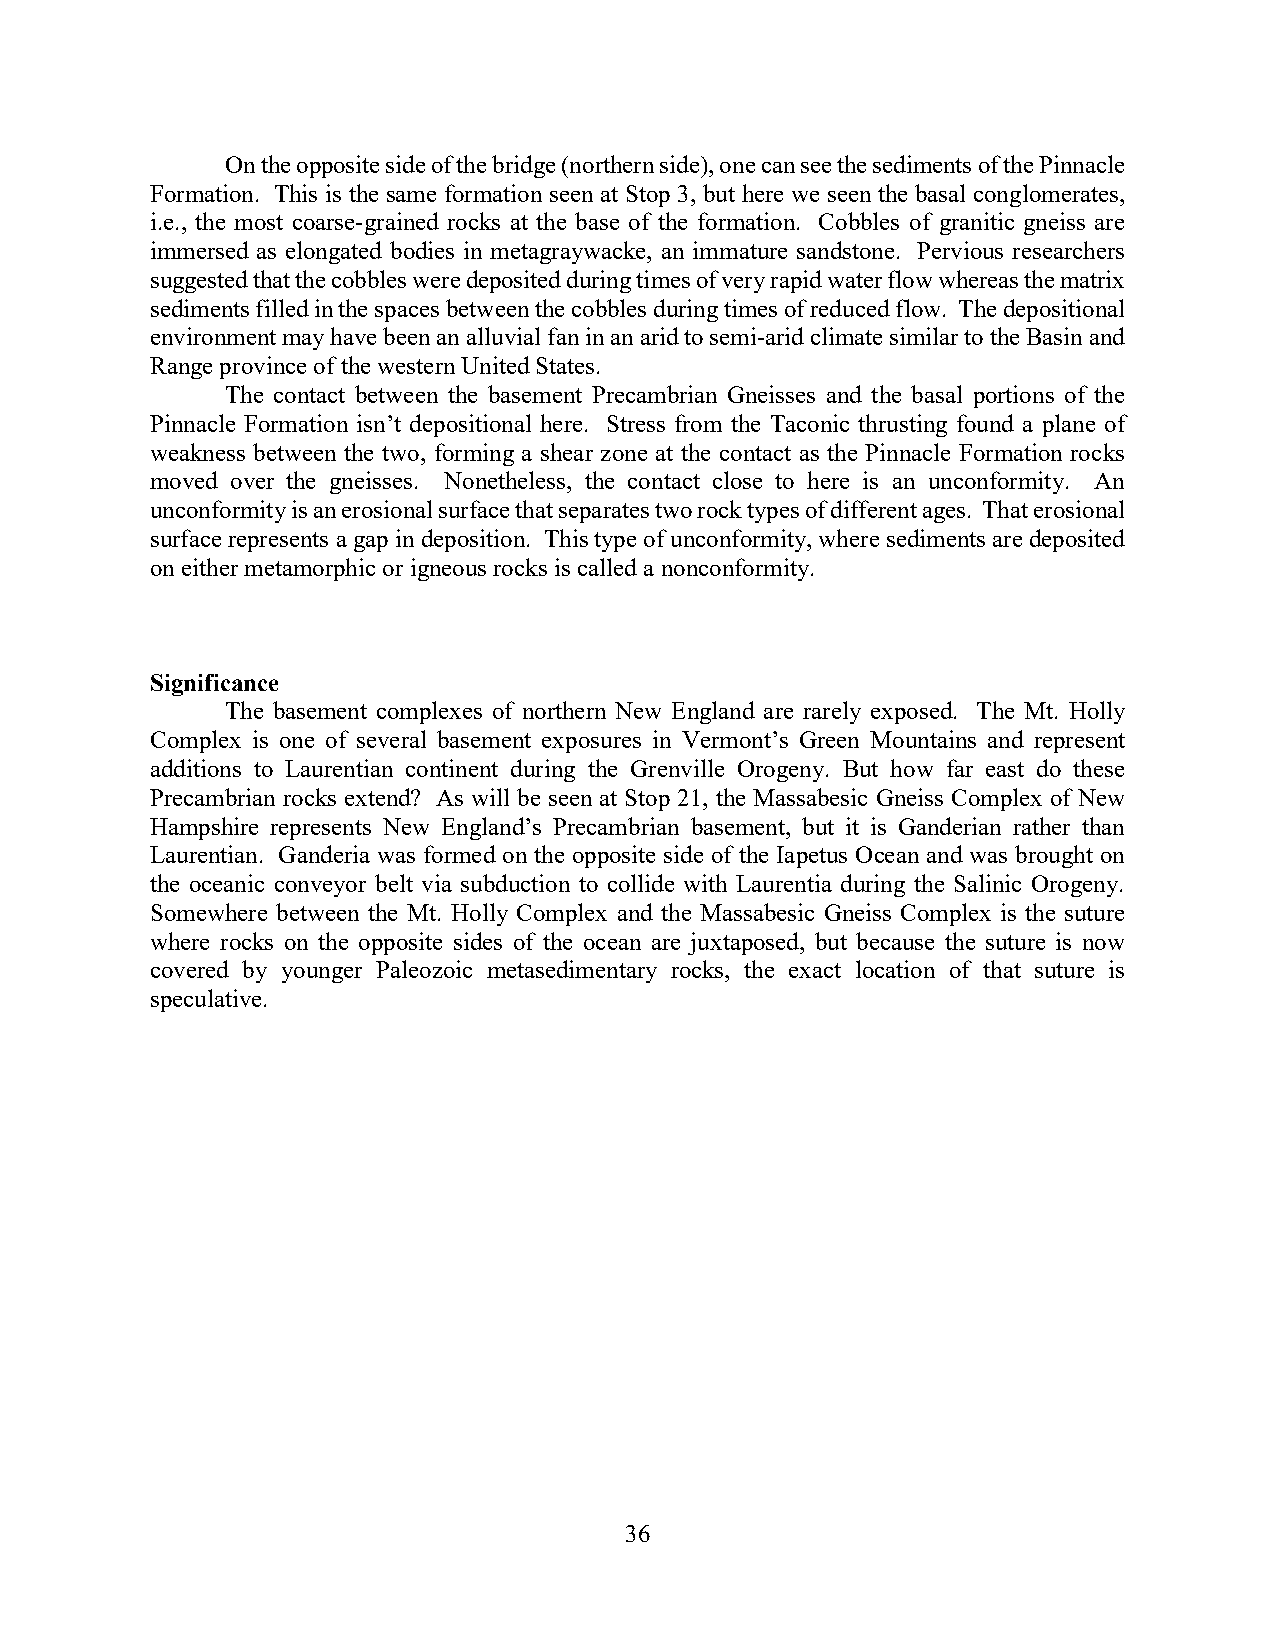
On the opposite side of the bridge (northern side), one can see the sediments of the Pinnacle
 Formation. This is the same formation seen at Stop 3, but here we seen the basal conglomerates,
 i.e., the most coarse-grained rocks at the base of the formation. Cobbles of granitic gneiss are
 immersed as elongated bodies in metagraywacke, an immature sandstone. Pervious researchers
 suggested that the cobbles were deposited during times of very rapid water flow whereas the matrix
 sediments filled in the spaces between the cobbles during times of reduced flow. The depositional
 environment may have been an alluvial fan in an arid to semi-arid climate similar to the Basin and
 Range province of the western United States.
 The contact between the basement Precambrian Gneisses and the basal portions of the
 Pinnacle Formation isn’t depositional here. Stress from the Taconic thrusting found a plane of
 weakness between the two, forming a shear zone at the contact as the Pinnacle Formation rocks
 moved over the gneisses. Nonetheless, the contact close to here is an unconformity. An
 unconformity is an erosional surface that separates two rock types of different ages. That erosional
 surface represents a gap in deposition. This type of unconformity, where sediments are deposited
 on either metamorphic or igneous rocks is called a nonconformity.
 Significance
 The basement complexes of northern New England are rarely exposed. The Mt. Holly
 Complex is one of several basement exposures in Vermont’s Green Mountains and represent
 additions to Laurentian continent during the Grenville Orogeny. But how far east do these
 Precambrian rocks extend? As will be seen at Stop 21, the Massabesic Gneiss Complex of New
 Hampshire represents New England’s Precambrian basement, but it is Ganderian rather than
 Laurentian. Ganderia was formed on the opposite side of the Iapetus Ocean and was brought on
 the oceanic conveyor belt via subduction to collide with Laurentia during the Salinic Orogeny.
 Somewhere between the Mt. Holly Complex and the Massabesic Gneiss Complex is the suture
 where rocks on the opposite sides of the ocean are juxtaposed, but because the suture is now
 covered by younger Paleozoic metasedimentary rocks, the exact location of that suture is
 speculative.
 36